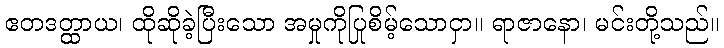
ဧတဒတ္ထာယ၊ ထိုဆိုခဲ့ပြီးသော အမှုကိုပြုစိမ့်သောငှာ။ ရာဇာနော၊ မင်းတို့သည်။